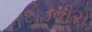
દોડવીરો